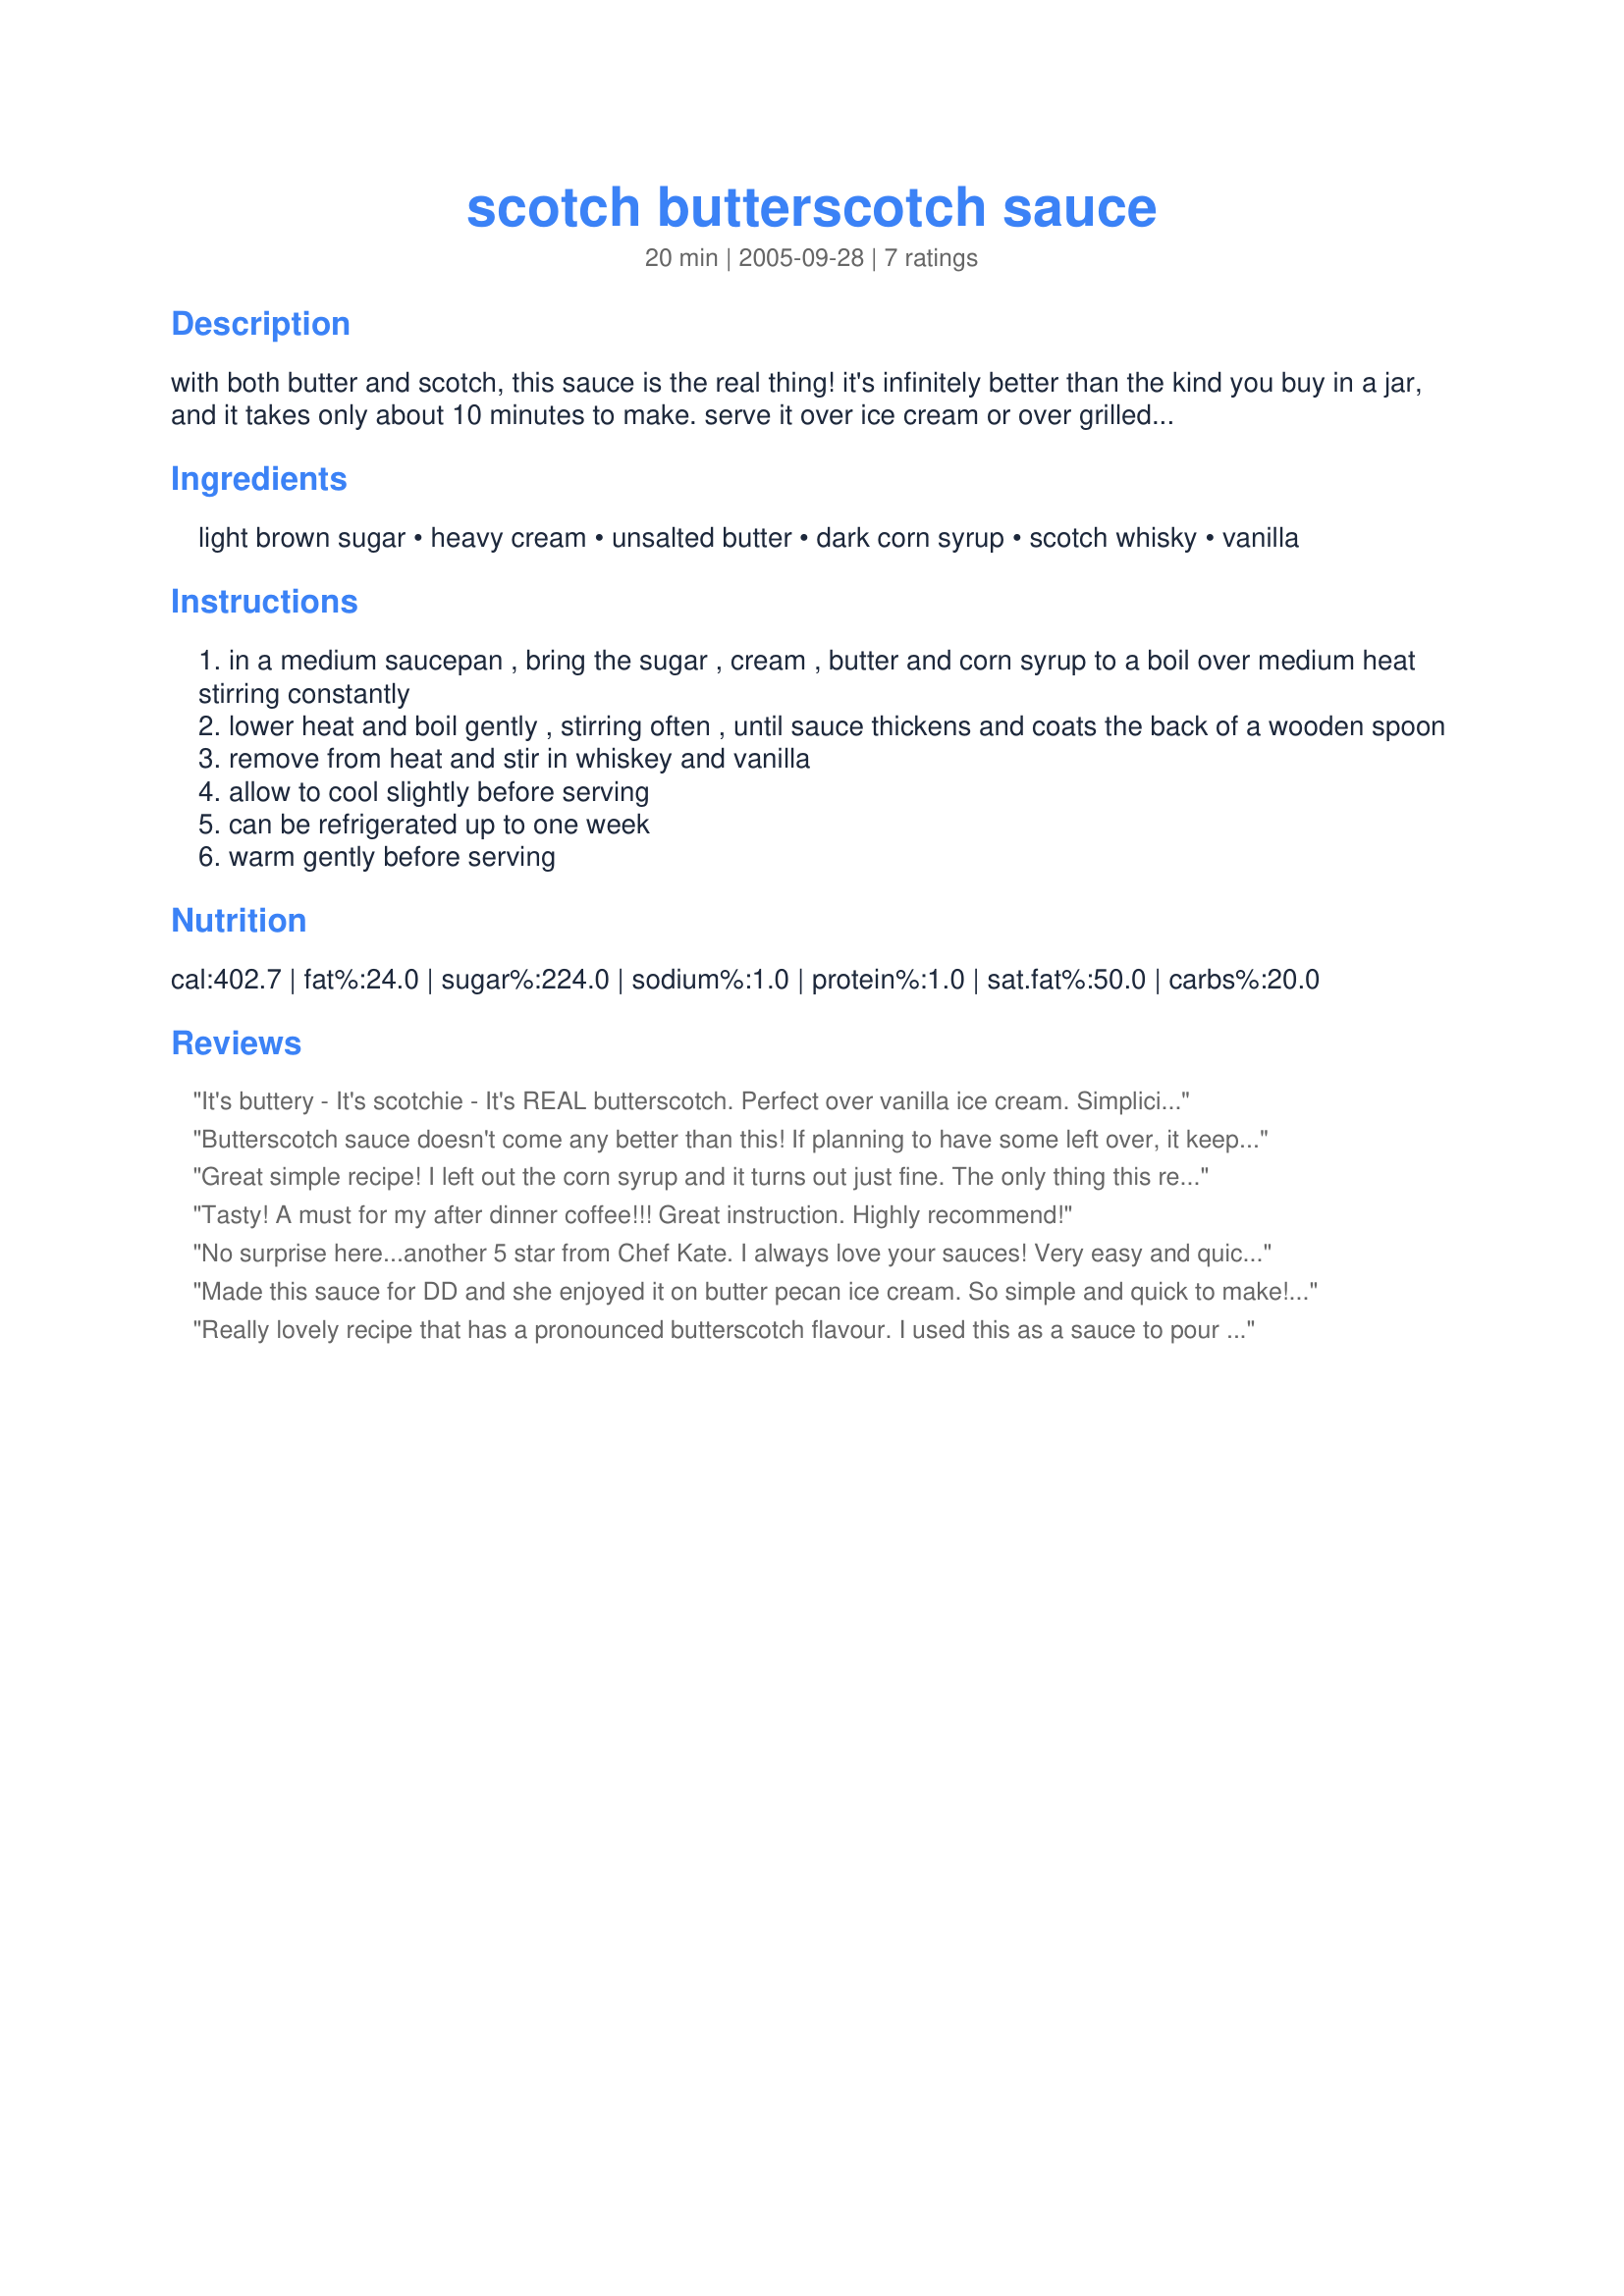
scotch butterscotch sauce
Preparation time: 20 minutes

with both butter and scotch, this sauce is the real thing! it's infinitely better than the kind you buy in a jar, and it takes only about 10 minutes to make. serve it over ice cream or over grilled pineapple slices or with both together, or as a dessert waffle topping, along with sliced bananas and chopped walnuts. from "short and sweet: 150 sophisticated desserts in no time at all" by melanie barnard.

Ingredients:
light brown sugar, heavy cream, unsalted butter, dark corn syrup, scotch whisky, vanilla

Steps:
in a medium saucepan , bring the sugar , cream , butter and corn syrup to a boil over medium heat stirring constantly
lower heat and boil gently , stirring often , until sauce thickens and coats the back of a wooden spoon
remove from heat and stir in whiskey and vanilla
allow to cool slightly before serving
can be refrigerated up to one week
warm gently before serving

Reviews:
It's buttery - It's scotchie - It's REAL butterscotch. Perfect over vanilla ice cream. Simplicity at its best!
Butterscotch sauce doesn't come any better than this! If planning to have some left over, it keeps runnier if not cooked all 10 mins. I only cooked mine a minute and it was thick enough allready.
Great simple recipe! I left out the corn syrup and it turns out just fine. The only thing this recipe really needs is salt, so I used salted butter and then added salt to taste.
Tasty! A must for my after dinner coffee!!! Great instruction. Highly recommend!
No surprise here...another 5 star from Chef Kate. I always love your sauces! Very easy and quick, directions are perfect and it tastes amazing. Didn't have the need for a whole bottle of scotch, so just bought an airline bottle of Glenlevit. Thanks Kate!!
Made this sauce for DD and she enjoyed it on butter pecan ice cream. So simple and quick to make! The butterscotch flavor is rich and creamy, so much better than store bought topping.
Really lovely recipe that has a pronounced butterscotch flavour. I used this as a sauce to pour over strawberry-filled crepes (your own recipe, Chef Kate) and it was an awesome combo.
